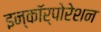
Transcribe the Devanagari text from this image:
इन्कॉर्पोरेशन